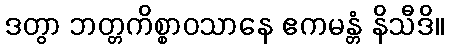
ဒတွာ ဘတ္တကိစ္စာဝသာနေ ဧကမန္တံ နိသီဒိ။